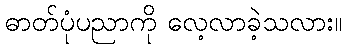
ဓာတ်ပုံပညာကို လေ့လာခဲ့သလား။